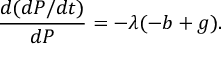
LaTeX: { \frac { d ( d P / d t ) } { d P } } = - \lambda ( - b + g ) .